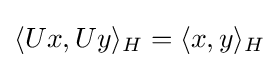
\langle Ux,Uy\rangle _{H}=\langle x,y\rangle _{H}